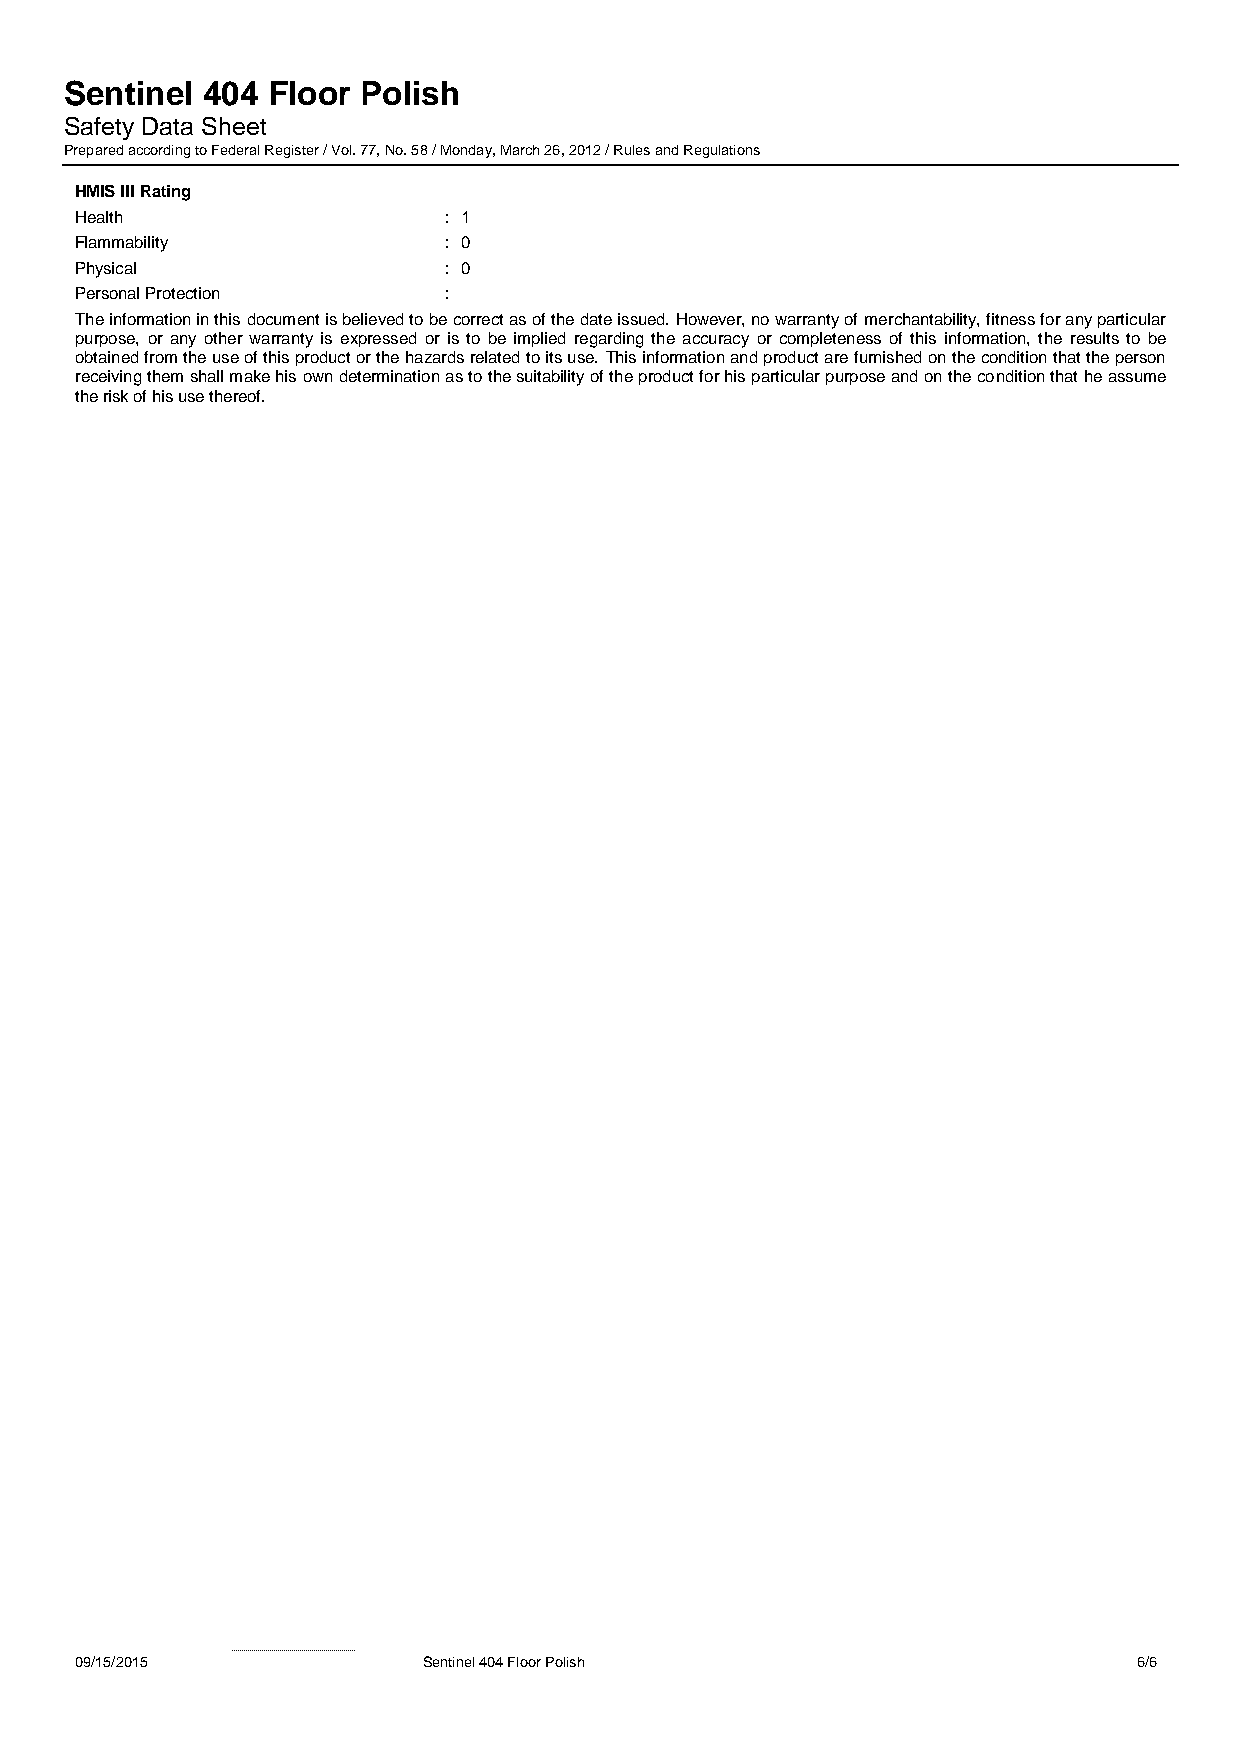
Sentinel 404  Floor Polish
 Safety Data Sheet
 Prepared according to Federal Register / Vol. 77, No. 58 / Monday, March 26, 2012 / Rules and Regulations
 HMIS III Rating
 Health                  : 1
 Flammability            : 0
 Physical                : 0
 Personal Protection     :
 The information in this document is believed to be correct as of the date issued. However, no warranty of merchantability, fitness for any particular
 purpose, or any other warranty is expressed or is to be implied regarding the accuracy or completeness of this information, the results to be
 obtained from the use of this product or the hazards related to its use. This information and product are furnished on the condition that the person
 receiving them shall make his own determination as to the suitability of the product for his particular purpose and on the condition that he assume
 the risk of his use thereof.
 09/15/2015             Sentinel 404 Floor Polish                      6/6